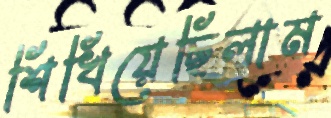
শিখিয়েছিলাম